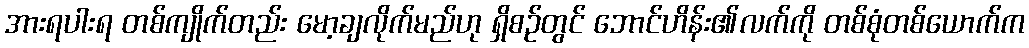
အားရပါးရ တစ်ကျိုက်တည်း မော့ချလိုက်မည်ဟု ရှိစဉ်တွင် ဘောင်ဟိန်း၏လက်ကို တစ်စုံတစ်ယောက်က